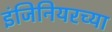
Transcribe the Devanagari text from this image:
इंजिनियरच्या